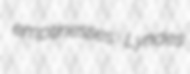
emptinesses Lyndes